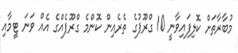
މުބާރާތަށް ކޮލިފައިވާނީ 10 ގްރޫޕުގެ ތެރެއިން ކޮންމެ ގްރޫޕެއްގެ އެއް ވަނަ ޓީމާއި